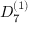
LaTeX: { D } _ { 7 } ^ { ( 1 ) }